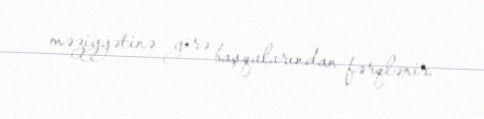
məziyyətinə görə başqalarından fərqlənir.